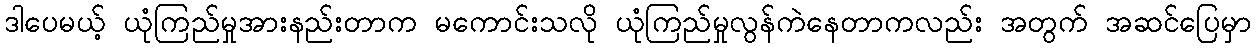
ဒါပေမယ့် ယုံကြည်မှုအားနည်းတာက မကောင်းသလို ယုံကြည်မှုလွန်ကဲနေတာကလည်း အတွက် အဆင်ပြေမှာ